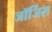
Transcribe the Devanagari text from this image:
जॉर्जिस